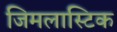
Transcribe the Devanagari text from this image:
जिमलास्टिक